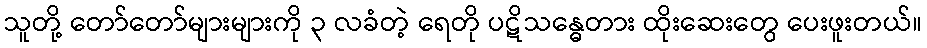
သူတို့ တော်တော်များများကို ၃ လခံတဲ့ ရေတို ပဋိသန္ဓေတား ထိုးဆေးတွေ ပေးဖူးတယ်။